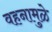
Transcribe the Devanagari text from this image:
वहनामुळे